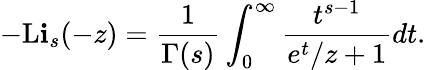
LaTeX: -\operatorname{L\mathbf{i}}_{s}(-z)={\frac{{1}}{{\Gamma(s)}}}\int_{0}^{\infty}{\frac{{t^{s-1}}}{{e^{t}/z+1}}}dt.